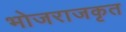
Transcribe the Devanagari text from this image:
भोजराजकृत